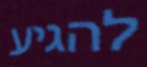
להגיע